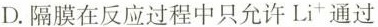
D.隔膜在反应过程中只允许Li^{+}通过